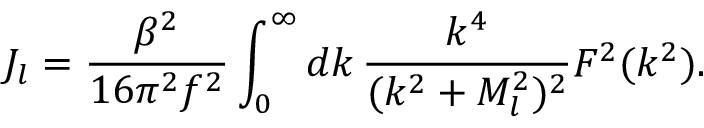
J _ { l } = \frac { \beta ^ { 2 } } { 1 6 \pi ^ { 2 } f ^ { 2 } } \int _ { 0 } ^ { \infty } d k \, \frac { k ^ { 4 } } { ( k ^ { 2 } + M _ { l } ^ { 2 } ) ^ { 2 } } F ^ { 2 } ( k ^ { 2 } ) .